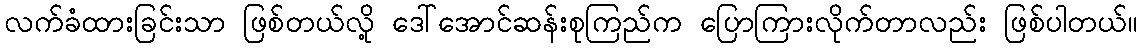
လက်ခံထားခြင်းသာ ဖြစ်တယ်လို့ ဒေါ်အောင်ဆန်းစုကြည်က ပြောကြားလိုက်တာလည်း ဖြစ်ပါတယ်။